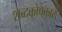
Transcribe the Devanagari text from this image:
शब्दकोषकारों